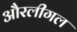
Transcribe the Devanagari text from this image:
औरलीगल